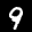
Label: 9